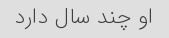
او چند سال دارد